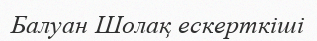
Балуан Шолақ ескерткіші